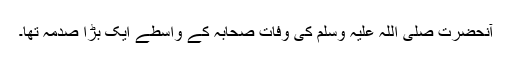
آنحضرت صلی اللہ علیہ وسلم کی وفات صحابہؓ کے واسطے ایک بڑا صدمہ تھا۔